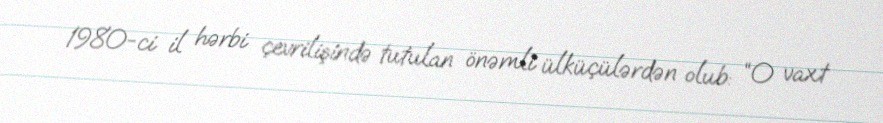
1980-ci il hərbi çevrilişində tutulan önəmli ülküçülərdən olub: “O vaxt